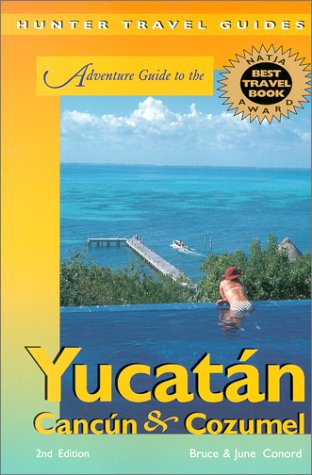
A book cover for Adventure Guide to the Yucatan, Cancun & Cozumel; Bruce W. Conord; Travel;